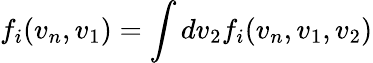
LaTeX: f_{i}(v_{n},v_{1})=\int dv_{2}f_{i}(v_{n},v_{1},v_{2})